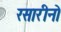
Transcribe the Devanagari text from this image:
रसारीनो